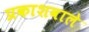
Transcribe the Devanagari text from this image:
प्रकाशवाले